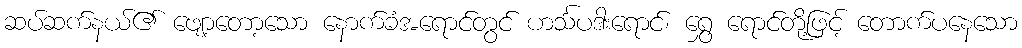
ဆပ်ဆက်နယ်၏ ဖျော့တော့သော နောက်ခံအရောင်တွင် ဟင်္သပဒါးရောင်၊ ရွှေ ရောင်တို့ဖြင့် တောက်ပနေသော